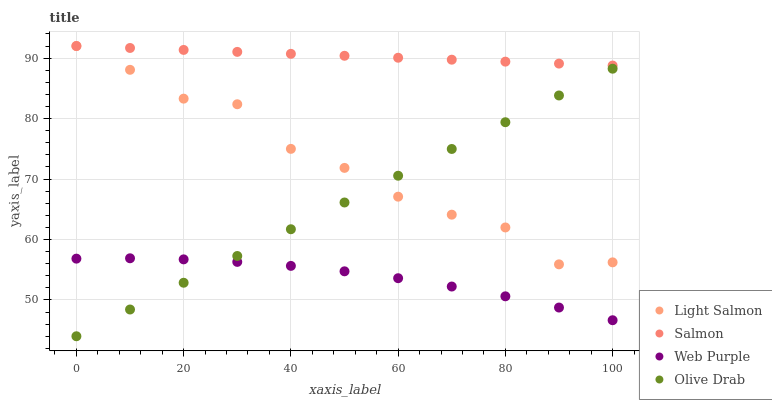
| xaxis_label | Light Salmon | Salmon | Web Purple | Olive Drab |
 | --- | --- | --- | --- | --- |
 | 0 | 92 | 92 | 56.8 | 44 |
 | 10 | 88.1 | 91.7 | 56.9 | 48.4 |
 | 20 | 83.3 | 91.4 | 56.7 | 52.8 |
 | 30 | 82.4 | 91 | 56.3 | 57.3 |
 | 40 | 75 | 90.7 | 55.6 | 61.7 |
 | 50 | 71.8 | 90.4 | 54.7 | 66.1 |
 | 60 | 67.1 | 90.1 | 53.6 | 70.5 |
 | 70 | 64.1 | 89.7 | 52.2 | 75 |
 | 80 | 62 | 89.4 | 50.6 | 79.4 |
 | 90 | 55.9 | 89.1 | 48.7 | 83.8 |
 | 100 | 56.2 | 88.8 | 46.7 | 88.2 |